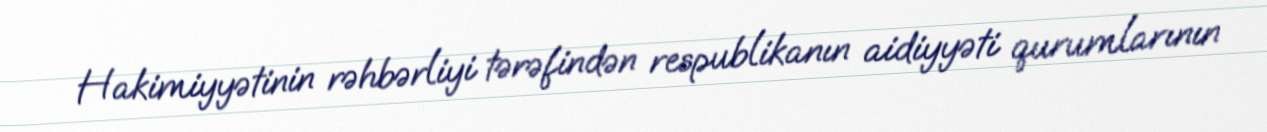
Hakimiyyətinin rəhbərliyi tərəfindən respublikanın aidiyyəti qurumlarının